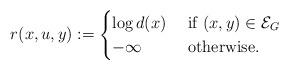
LaTeX: \begin{align*}r(x,u,y) := \begin{cases} \log d(x) &\mbox{ if $(x,y) \in \mathcal{E}_G$}\\- \infty &\mbox{ otherwise.}\end{cases}\end{align*}